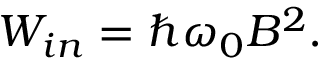
\begin{array} { r } { W _ { i n } = \hslash \omega _ { 0 } B ^ { 2 } . } \end{array}